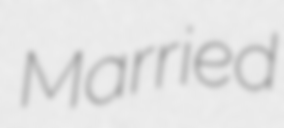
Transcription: Married